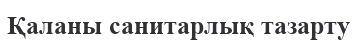
Қаланы санитарлық тазарту